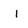
Character: i